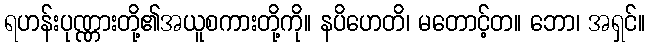
ရဟန်းပုဏ္ဏားတို့၏အယူစကားတို့ကို။ နပိဟေတိ၊ မတောင့်တ။ ဘော၊ အရှင်။